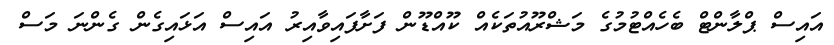
އައިސް ޕްލާންޓް ބެހެއްޓުމުގެ މަޝްރޫއުތަކެއް ކޫއްޑޫން ފަށާފައިވާއިރު އައިސް އަޅައިގެން ގެންނަ މަސް